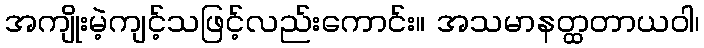
အကျိုးမဲ့ကျင့်သဖြင့်လည်းကောင်း။ အသမာနတ္ထတာယဝါ၊